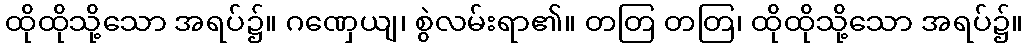
ထိုထိုသို့သော အရပ်၌။ ဂဏှေယျ၊ စွဲလမ်းရာ၏။ တတြ တတြ၊ ထိုထိုသို့သော အရပ်၌။